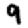
Digit: 9